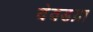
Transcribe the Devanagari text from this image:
देवडय़ा